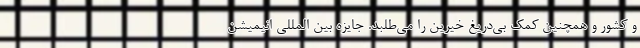
و کشور و همچنین کمک بی‌دریغ خیرین را می‌طلبد. جایزه بین المللی انیمیشن